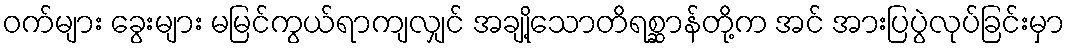
ဝက်များ ခွေးများ မမြင်ကွယ်ရာကျလျှင် အချို့သောတိရစ္ဆာန်တို့က အင် အားပြပွဲလုပ်ခြင်းမှာ